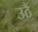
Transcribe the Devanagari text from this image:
उठैं